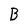
Character: B